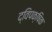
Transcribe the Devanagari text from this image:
द्विपक्षिक